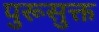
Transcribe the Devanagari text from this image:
पुरूसुक्त